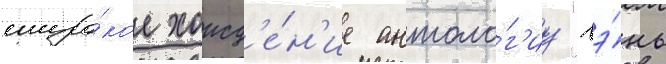
широ́кое хожд'е́н'ие антоло́г'иу "вэ́нь